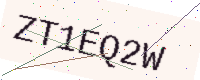
Text: ZT1EQ2W